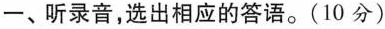
一、听录音,选出相应的答语.(10 分)